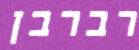
רברבן